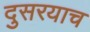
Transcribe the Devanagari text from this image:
दुसरयाच